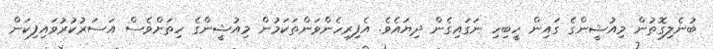
ބުނެލިގޮތުން މިއުޝީންގެ ގައިން ހީބިހި ނަގައިގެން ދިޔައެވެ. އެފިރިހެންވަންތަކަމުން މިއުޝީންގެ ހިތަށްވެސް އަސަރުކުރުވައިފިކަން